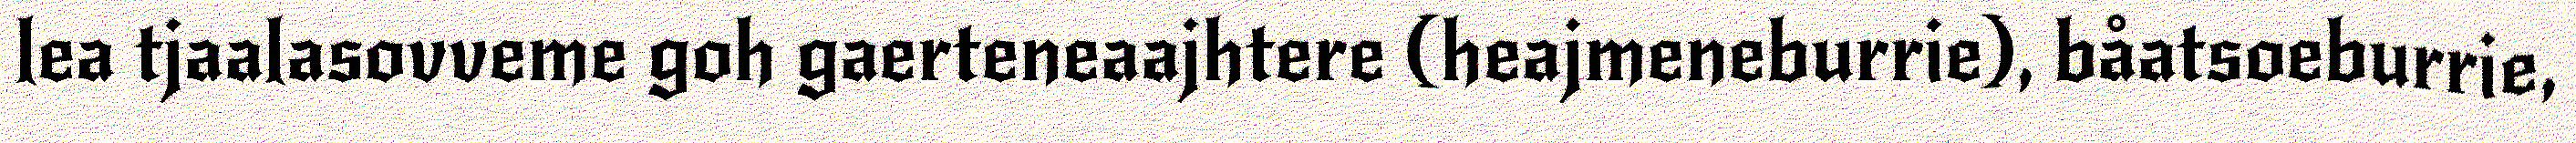
lea tjaalasovveme goh gaerteneaajhtere (heajmeneburrie), båatsoeburrie,